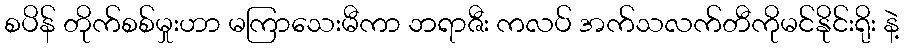
စပိန် တိုက်စစ်မှုးဟာ မကြာသေးမီကာ ဘရာဇီး ကလပ် အက်သလက်တီကိုမင်နိုင်းရိုး နဲ့